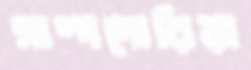
সাম্পদোরিয়া